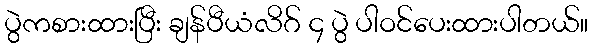
ပွဲကစားထားပြီး ချန်ပီယံလိဂ် ၄ ပွဲ ပါဝင်ပေးထားပါတယ်။